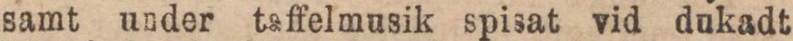
samt under taffelmusik spisat vid dukadt